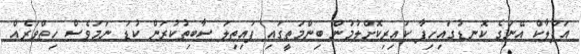
އަފްލާކް އޭނަގެ ކޮނޑުގައިހިފާ ކައިރިކޮށްލުމުން ބިންމަތީގައި ފައިތިލަ ސާބިތުކުރަން ކުޑަ ނަމަވެސް ހިތްވަރެއް